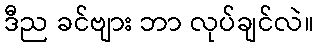
ဒီည ခင်ဗျား ဘာ လုပ်ချင်လဲ။